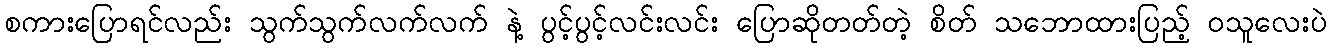
စကားပြောရင်လည်း သွက်သွက်လက်လက် နဲ့ ပွင့်ပွင့်လင်းလင်း ပြောဆိုတတ်တဲ့ စိတ် သဘောထားပြည့် ဝသူလေးပဲ